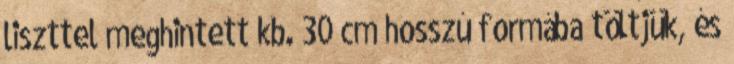
liszttel meghintett kb. 30 cm hosszú formába töltjük, és